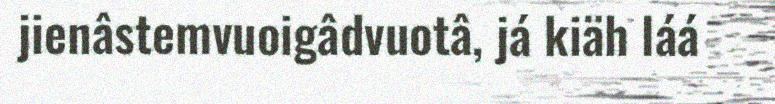
jienâstemvuoigâdvuotâ, já kiäh láá